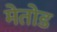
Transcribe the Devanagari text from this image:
मेतोड